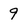
Character: 9